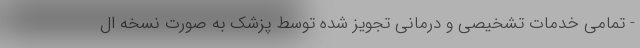
- تمامی خدمات تشخیصی و درمانی تجویز شده توسط پزشک به صورت نسخه ال